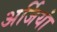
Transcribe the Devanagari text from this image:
अर्जियां